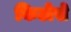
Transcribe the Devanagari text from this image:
किटोसे